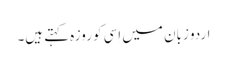
اردو زبان میں اِسی کو روزہ کہتے ہیں۔